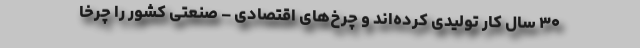
۳۰ سال کار تولیدی کرده‌اند و چرخ‌های اقتصادی – صنعتی کشور را چرخا